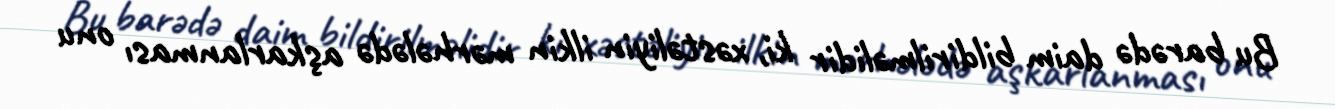
Bu barədə daim bildirilməlidir ki, xəstəliyin ilkin mərhələdə aşkarlanması onu